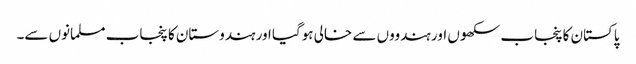
پاکستان کا پنجاب سکھوں اور ہندووں سے خالی ہوگیا اور ہندوستان کا پنجاب مسلمانوں سے۔